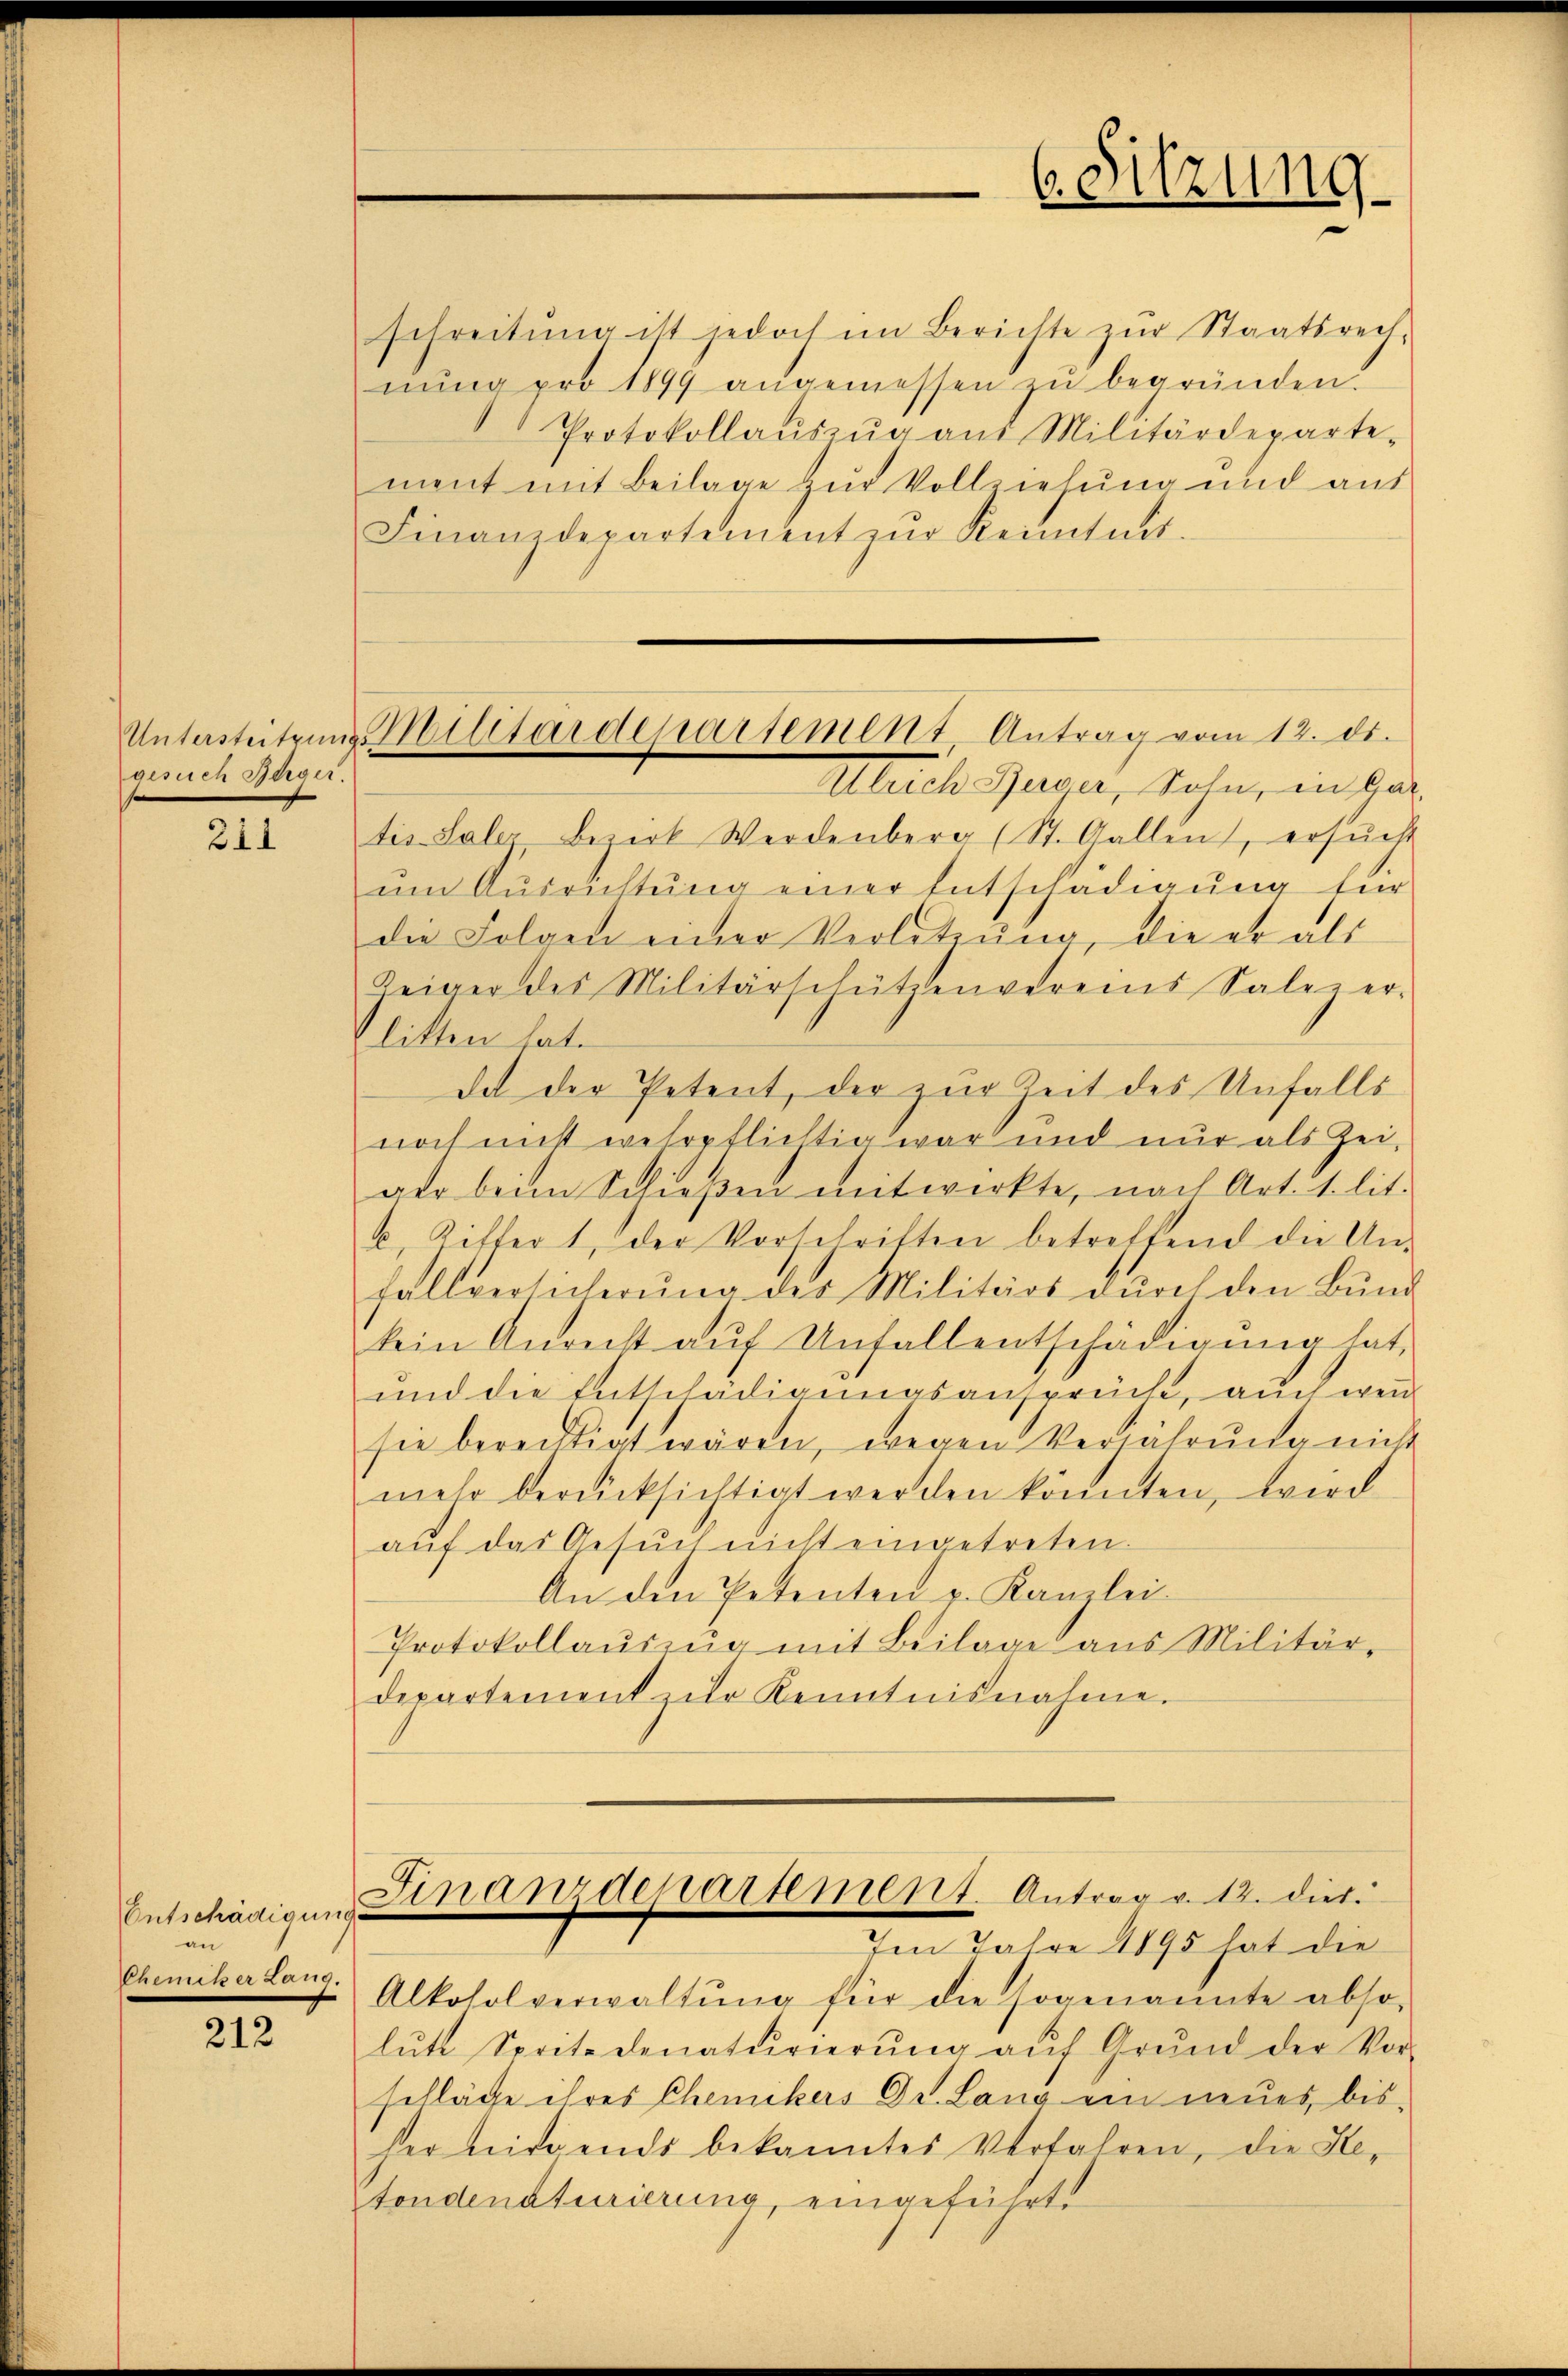
gesuch Berger.

211

Entschädigung
an
Chemiker Lang.

212

schreitŭng ist jedoch im Berichte zŭr Staatsrech-
nŭng pro 1899 angemessen zŭ begründen.
Protokollaŭszŭg aŭs Militärdeparte-
ment mit Beilage zur Vollziehung und aus
Finanzdepartement zŭr Kenntnis.

Untersteitens Militärdepartement, Antrag vom 12. ds.
Atuch Gurer, Sohn, in Gal

6. Sitzung

tis Sale, Bezirk Werdenberg (St. Gallen, ersŭcht
ŭm Aŭsrichtŭng einer Entschädigŭng für
die Folgen einer Verletzung, die er als
Zeiger des Militärschützenvereins Salez er-
Flitten hat.
det der Petent, der zur Zeit des Unfalls
noch nicht wehrpflichtig war und nur als Zei-
ger beim Schießen mitwirkte, nach Art. 1. lit.
u. Ritter 1, der Vorschriften betreffend die Unfallversicherŭng der Militärs dŭrch den Bund
kein Anrecht auf Unfallentschädigung hat,
und die Entschädigungsansprucht, auch wen
sie berechtigt wären, wegen Verjährung nicht
mehr berücksichtigt werden könnten, wird
aŭf das Gesŭch nicht eingetreten.
An den Petenten v. Kanzlei-
Protokollaŭszŭg mit Beilage aus Militär-
departement zŭr Kenntnisnahme.

Finanzdepartement. Antrag v. 12. dies
Im Jahre 1895 hat die

Alkoholverwaltŭng für die sogenannte abso-
lŭtt Spritz denaturierŭng aŭf Grŭnd der Vor-
schläge ihres Chemikers Dr. Lang ein neues bis-
her nirgends bekanntes Verfahren, die He-
tondenaturierung, eingeführt.